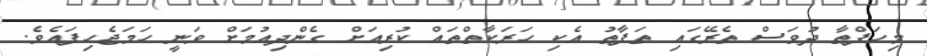
މިހަފްތާ ދުވަސް ތެރޭގައި ތަފާތު އެކި ހަރަކާތްތައް ކުރިއަށް ގެންދިއުމަށް ވަނީ ހަމަޖެހިފައެވެ.